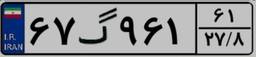
۴۴گ۶۵۴۶۷